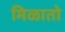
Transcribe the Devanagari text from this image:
मिळातो